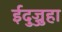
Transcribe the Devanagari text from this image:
ईदुज्जुहा